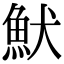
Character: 𩵥